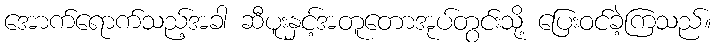
အောက်ရောက်သည့်အခါ ဆီပူးနှင့်အတူတောအုပ်တွင်းသို့ ပြေးဝင်ခဲ့ကြသည်။